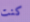
كنت